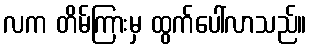
လက တိမ်ကြားမှ ထွက်ပေါ်လာသည်။